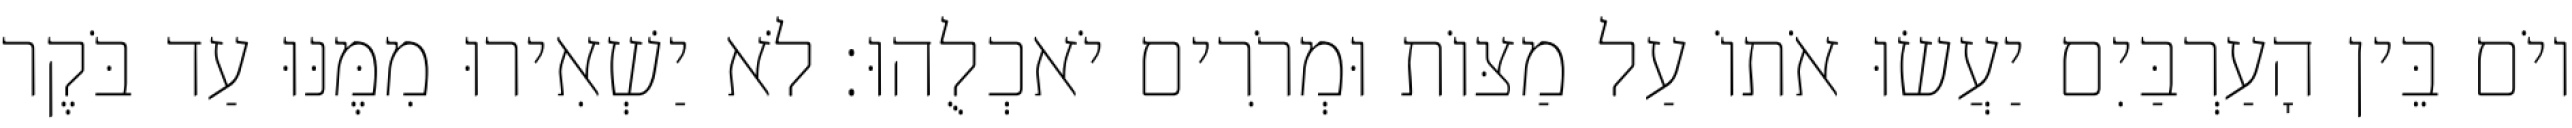
יוֹם בֵּין הָעַרְבַּיִם יַעֲשׂוּ אֹתוֹ עַל מַצּוֹת וּמְרֹרִים יֹאכְלֻהוּ׃ לֹא יַשְׁאִירוּ מִמֶּנּוּ עַד בֹּקֶר